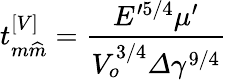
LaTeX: t_{m\widehat{m}}^{\left[V\right]}=\frac{E^{\prime 5/4}\mu^{\prime}}{V_{o}^{3/4}\varDelta\gamma^{9/4}}